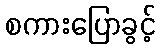
စကားပြောခွင့်